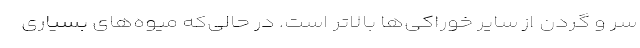
سر و گردن از سایر خوراکی‌ها بالاتر است. در حالی‌که میوه‌های بسیاری